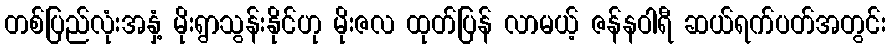
တစ်ပြည်လုံးအနှံ့ မိုးရွာသွန်းနိုင်ဟု မိုးဇလ ထုတ်ပြန် လာမယ့် ဇန်နဝါရီ ဆယ်ရက်ပတ်အတွင်း